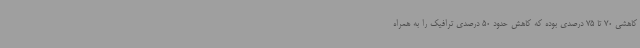
کاهشی 70 تا 75 درصدی بوده که کاهش حدود 50 درصدی ترافیک را به همراه